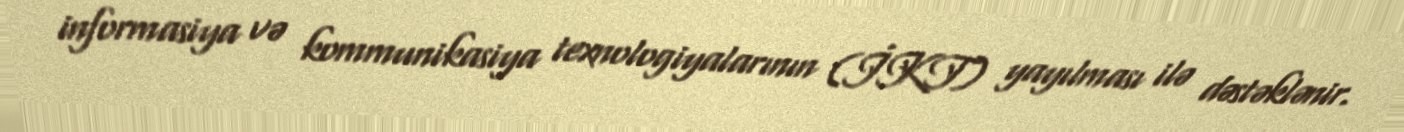
informasiya və kommunikasiya texnologiyalarının (İKT) yayılması ilə dəstəklənir.